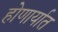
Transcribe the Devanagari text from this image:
होणार्यात